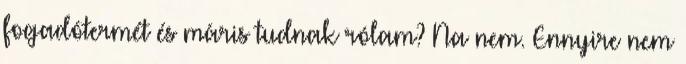
fogadótermét és máris tudnak rólam? Na nem. Ennyire nem